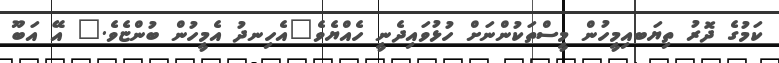
ކަމުގެ ދޮރު ތިޔަބއިމީހުން މީސްތަކުންނަށް ހުޅުވައިދެނީ ހެއްޔެވެ"އެހިނދު އެމީހުން ބުންޏެވެ." އޭ އަބޫ